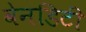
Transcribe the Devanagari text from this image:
वेनडिटी